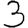
Digit: 3